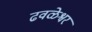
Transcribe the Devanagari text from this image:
ढवळेश्वर